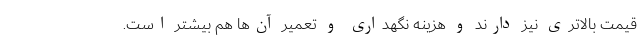
قیمت بالاتری نیز دارند و هزینه نگهداری و تعمیر آن‌ها هم بیشتر است.